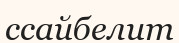
ссайбелит